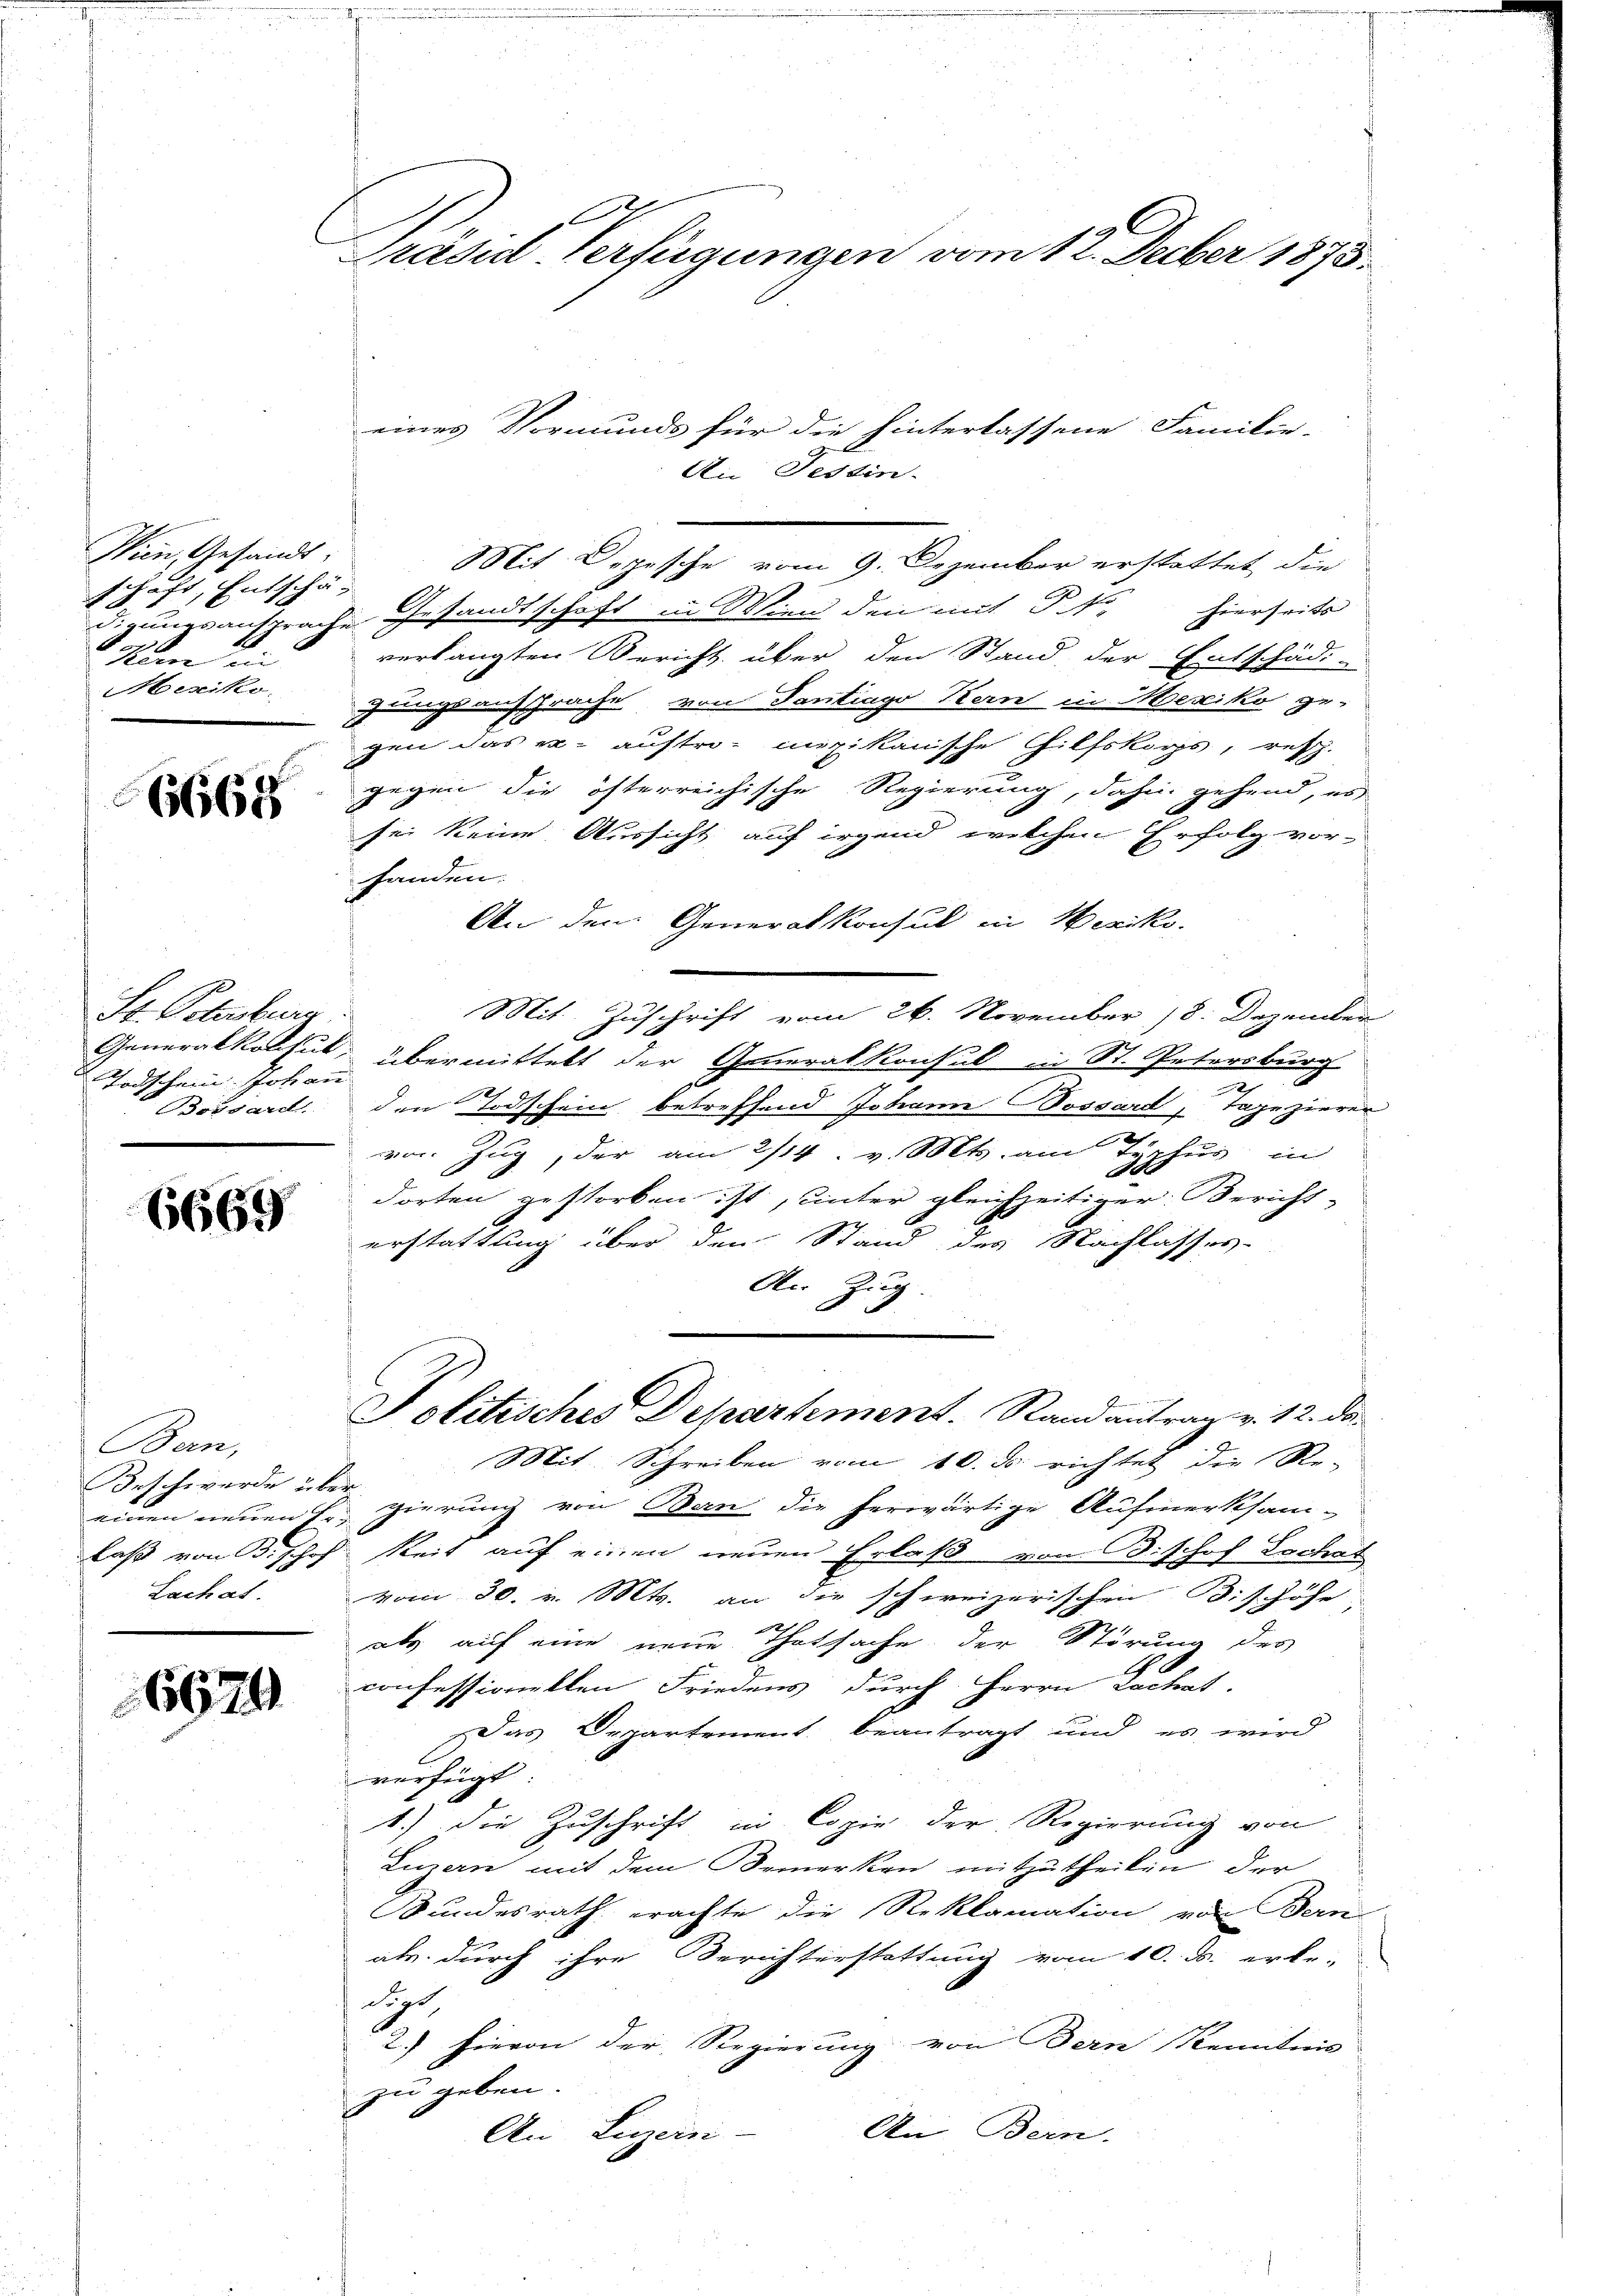
Wien, Gesandt
schaft, Entschä
1
d. ungsansprach
Kam ein
Mexiko

6668

St. Petenburg
Generalkonhut,
Todschein Johann
Brisard.

6669

Bern,
Beschwerde über
einen neuen Er-
laß von B. Jehof
Lachat.

6679

C
Präsid-Verfügungen vom 12. Decber 1875.

Mit Depesche vom 9. Dezember erstattet, die
 Gesandtschaft in Wien den mit P. Nr. hierseits
verlangten Bericht über den Stand der Entschädi-
gungsaussprache von Santiago Bern in Mexiko ge-
gen das er auftro- mzikanische Hilfskops, resp.
gegen die österreichische Regierung, dahin gehend, es
sei keine Aussicht auf irgend welchen Erfolg vorhanden.
An dem Generalkonsul in Weriko
Mit Zuschrift vom 26. November 18. Dezember
übermittelt der Generalkonsul in St. Petersburg
den Todschein betreffend Johann Bossard, Tapezieren
vor. Zug, der am 2/14. v. Mts. am 7.
gehung ein
dorten gestorben ist, unter gleichzeitiger Bericht-
erstattung über den Stand des Nachlasses-
An Zug.
Politisches Departement. Randantrag v. 12. da
Mit Schreiben vom 10. ds richtet die Re-
gierung von Bern die herwärtige Aufmerksam-
keit auf einen neuen Erlaß von Bishof Lochat
vom 30. v. Mts. an die schweizerischen Bishöhe
E
2
as auf eine neue Thatsache der Störung des
e
confessianten Friedens durch Herrn Lachet.
Das Departement beantragt und es wird
verfügt
1.) Die Zuschrift in Copie der Regierung von
Luzern mit dem Bemerken mitzutheilen der
Bundesrath erachte die Reklamation von Bern
als durch ihre Berichterstattung vom 10. ds. erbe-
dig
2.) Hievon der Regierung von Bern Kenntnis
zu geben.
An Bern.
An Luzern-

eines Vormunds für die hinterlassene Familie-
Ai Festin.